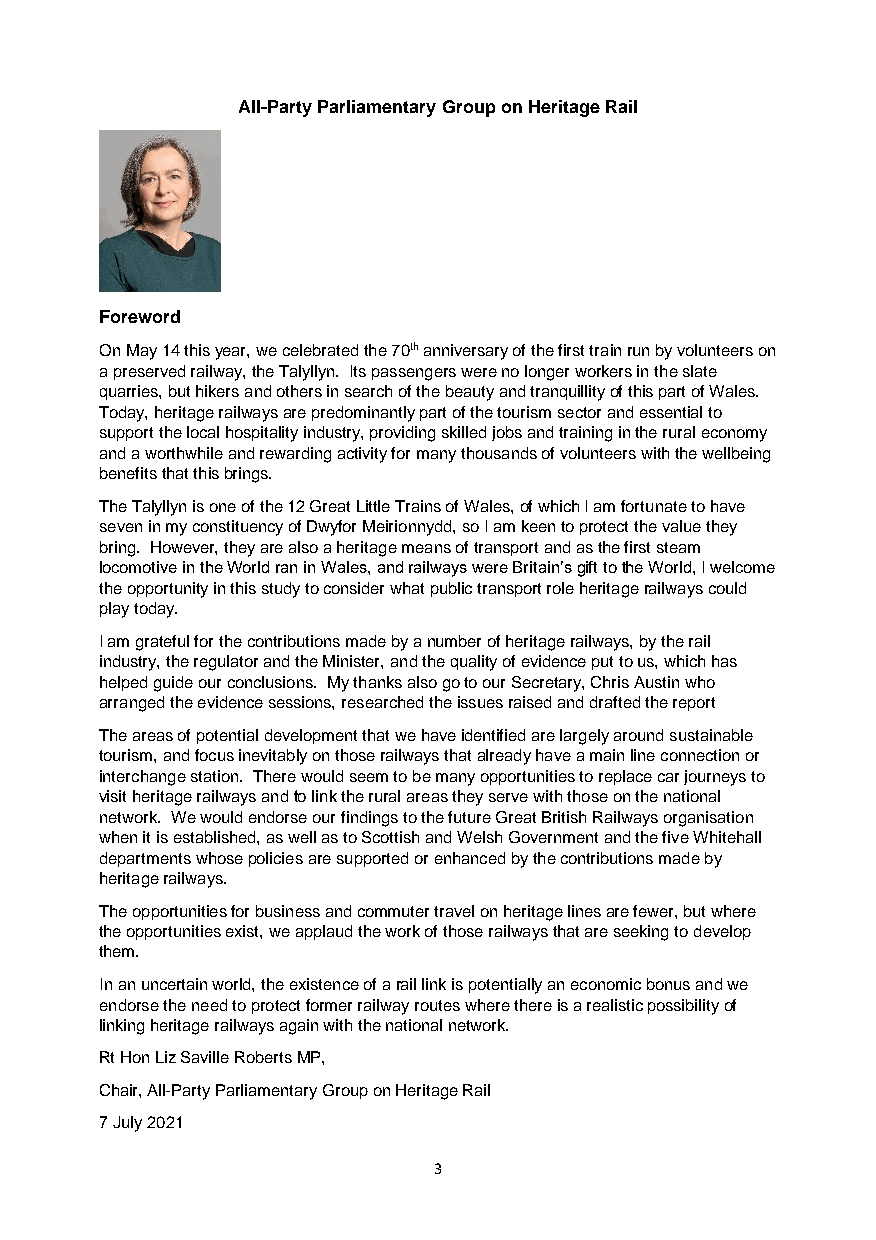
All-Party Parliamentary Group on Heritage Rail
 Foreword
 On May 14 this year, we celebrated the 70th anniversary of the first train run by volunteers on
 a preserved railway, the Talyllyn. Its passengers were no longer workers in the slate
 quarries, but hikers and others in search of the beauty and tranquillity of this part of Wales.
 Today, heritage railways are predominantly part of the tourism sector and essential to
 support the local hospitality industry, providing skilled jobs and training in the rural economy
 and a worthwhile and rewarding activity for many thousands of volunteers with the wellbeing
 benefits that this brings.
 The Talyllyn is one of the 12 Great Little Trains of Wales, of which I am fortunate to have
 seven in my constituency of Dwyfor Meirionnydd, so I am keen to protect the value they
 bring. However, they are also a heritage means of transport and as the first steam
 locomotive in the World ran in Wales, and railways were Britain’s gift to the World, I welcome
 the opportunity in this study to consider what public transport role heritage railways could
 play today.
 I am grateful for the contributions made by a number of heritage railways, by the rail
 industry, the regulator and the Minister, and the quality of evidence put to us, which has
 helped guide our conclusions. My thanks also go to our Secretary, Chris Austin who
 arranged the evidence sessions, researched the issues raised and drafted the report
 The areas of potential development that we have identified are largely around sustainable
 tourism, and focus inevitably on those railways that already have a main line connection or
 interchange station. There would seem to be many opportunities to replace car journeys to
 visit heritage railways and to link the rural areas they serve with those on the national
 network. We would endorse our findings to the future Great British Railways organisation
 when it is established, as well as to Scottish and Welsh Government and the five Whitehall
 departments whose policies are supported or enhanced by the contributions made by
 heritage railways.
 The opportunities for business and commuter travel on heritage lines are fewer, but where
 the opportunities exist, we applaud the work of those railways that are seeking to develop
 them.
 In an uncertain world, the existence of a rail link is potentially an economic bonus and we
 endorse the need to protect former railway routes where there is a realistic possibility of
 linking heritage railways again with the national network.
 Rt Hon Liz Saville Roberts MP,
 Chair, All-Party Parliamentary Group on Heritage Rail
 7 July 2021
 3